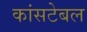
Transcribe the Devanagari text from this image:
कांसटेबल